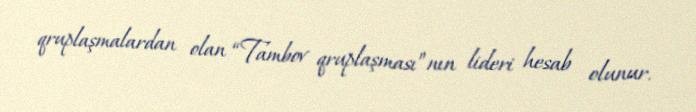
qruplaşmalardan olan “Tambov qruplaşması”nın lideri hesab olunur.